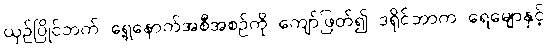
ယှဉ်ပြိုင်ဘက် ရှေ့နောက်အစီအစဉ်ကို ကျော်ဖြတ်၍ ဒရိုင်ဘာက ရေမျောနှင့်